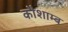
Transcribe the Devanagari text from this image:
कौशाम्ब